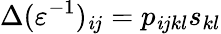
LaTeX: \Delta(\varepsilon^{-1})_{\mathit{i}j}=p_{\mathit{i}jkl}s_{kl}